Civil Veterinary Dept. Assam report 1911-1927 - 1911-1927
Year: 1911
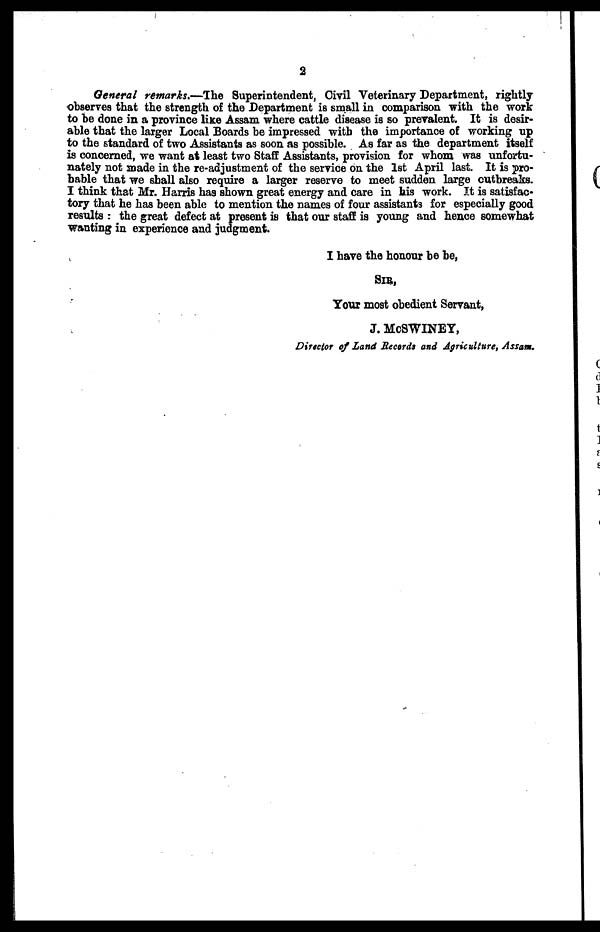
2
General remarks,—The Superintendent, Civil Veterinary Department, rightly
observes that the strength of the Department is small in comparison with the work
to be done in a province like Assam where cattle disease is so prevalent. It is desir-
able that the larger Local Boards be impressed with the importance of working up
to the standard of two Assistants as soon as possible. As far as the department itself
is concerned, we want at least two Staff Assistants, provision for whom was unfortu-
nately not made in the re-adjustment of the service on the 1st April last. It is pro-
bable that we shall also require a larger reserve to meet sudden large outbreaks.
I think that Mr. Harris has shown great energy and care in his work. It is satisfac-
tory that he has been able to mention the names of four assistants for especially good
results : the great defect at present is that our staff is young and hence somewhat
wanting in experience and judgment.
I have the honour be be,
SIR,
Your most obedient Servant,
J. McSWINEY,
Director of Land Records and Agriculture, Assam.